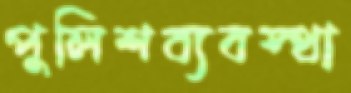
পুলিশব্যবস্থা